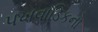
પખવાડિકનો